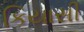
કિયાસી